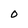
Character: O